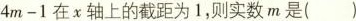
4 m-1$$ 在 x 轴上的截距为 1，则实数m是( )